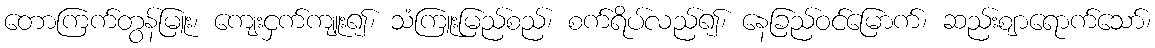
တောကြက်တွန်မြူး၊ ကျေးငှက်ကျူး၍၊ သံကြူးမြည်စည်၊ စက်ရိပ်လည်၍၊ နေခြည်ဝင်မြောက်၊ ဆည်းဈာရောက်သော်၊